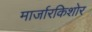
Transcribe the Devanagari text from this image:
मार्जारकिशोर